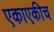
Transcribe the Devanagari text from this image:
एकाएकीच